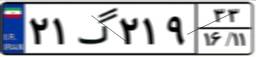
۵۹گ۳۴۸۰۶